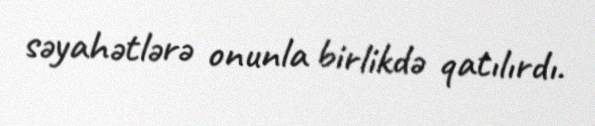
səyahətlərə onunla birlikdə qatılırdı.